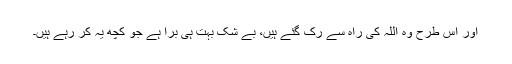
اور اس طرح وہ اللہ کی راہ سے رک گئے ہیں، بے شک بہت ہی برا ہے جو کچھ یہ کر رہے ہیں۔